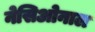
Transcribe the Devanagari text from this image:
नेसिओनाल